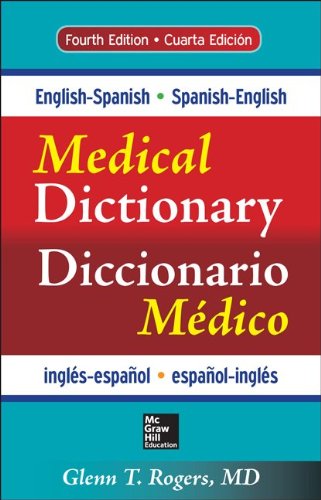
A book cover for English-Spanish/Spanish-English Medical Dictionary, Fourth Edition; Glenn Rogers; Reference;